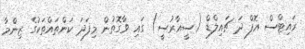
ރައިޓްސް އޮފް ދަ ޗައިލްޑް (ސީއާރުސީ) ގައި ވާގޮތުން މިފަދަ ކަންތައްތަކުގެ ޒިންމާ